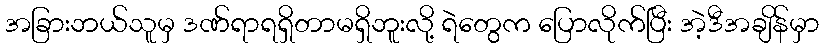
အခြားဘယ်သူမှ ဒဏ်ရာရရှိတာမရှိဘူးလို့ ရဲတွေက ပြောလိုက်ပြီး အဲ့ဒီအချိန်မှာ